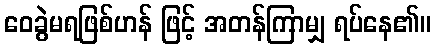
ဝေခွဲမရဖြစ်ဟန် ဖြင့် အတန်ကြာမျှ ရပ်နေ၏။